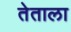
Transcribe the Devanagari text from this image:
तेताला